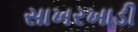
સાખરખાડી